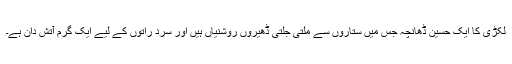
لکڑی کا ایک حَسِین ڈھانچہ جس میں ستاروں سے ملتی جُلتی ڈھیروں روشنیاں ہیں اور سرد راتوں کے لیے ایک گرم آتش دان ہے۔